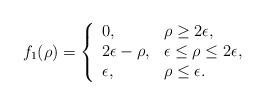
LaTeX: \begin{align*} f_1(\rho)=\left\{ \begin{array}{ll} 0, & \rho \ge 2\epsilon, \\ 2\epsilon-\rho, & \epsilon\le \rho\le 2\epsilon, \\ \epsilon, & \rho\le \epsilon. \end{array} \right. \end{align*}